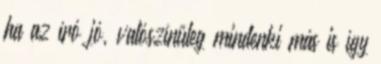
ha az író jó, valószínűleg mindenki más is így